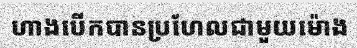
ហាងបើកបានប្រហែលជាមួយម៉ោង